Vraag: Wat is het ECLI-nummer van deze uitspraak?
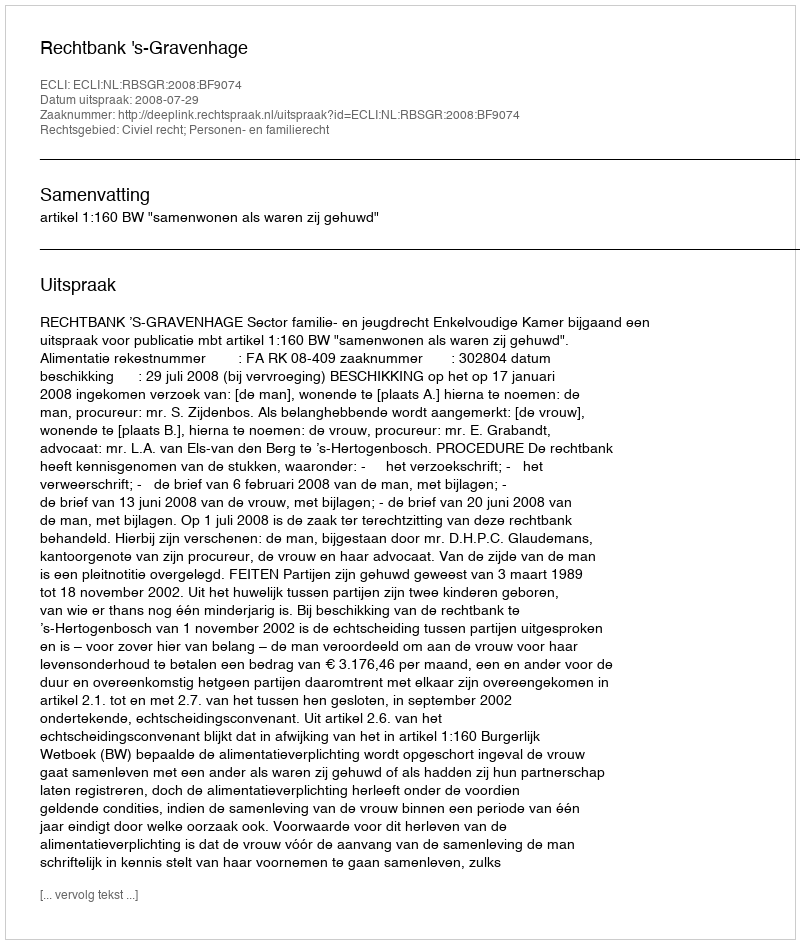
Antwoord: ECLI:NL:RBSGR:2008:BF9074